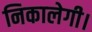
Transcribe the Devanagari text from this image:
निकालेगी।